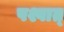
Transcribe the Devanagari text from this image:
पश्वात्